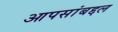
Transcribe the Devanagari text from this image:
आपसांबद्दल